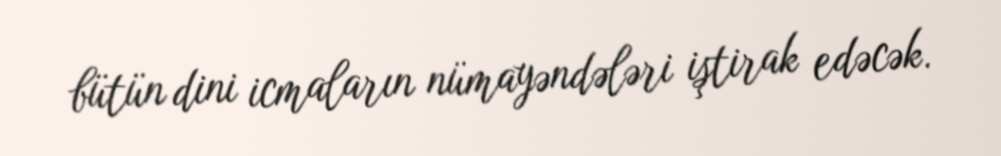
bütün dini icmaların nümayəndələri iştirak edəcək.